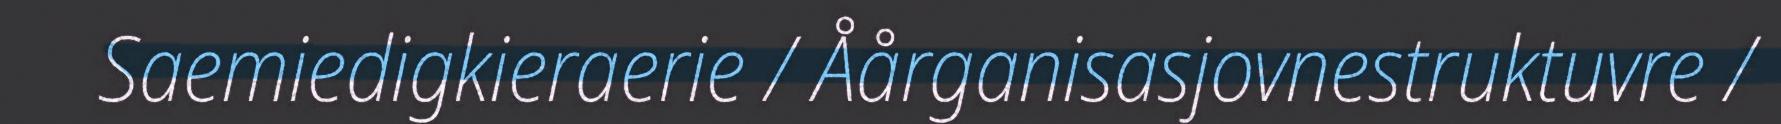
Saemiedigkieraerie / Åårganisasjovnestruktuvre /